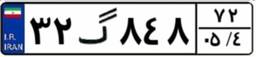
۳۳گ۹۸۱۸۵